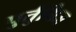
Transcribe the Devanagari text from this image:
पुर्तुगिज